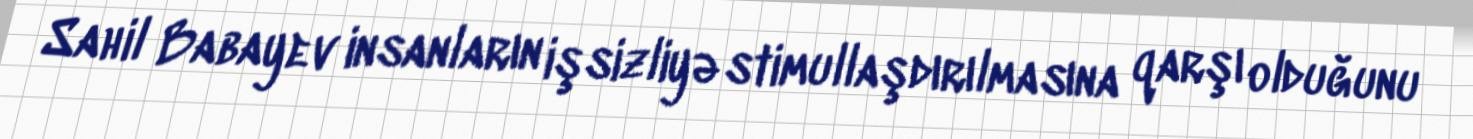
Sahil Babayev insanların işsizliyə stimullaşdırılmasına qarşı olduğunu